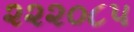
૨૨૨૦૮૫